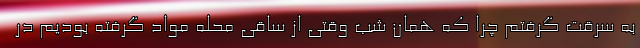
به سرقت گرفتم چرا که همان شب وقتی از ساقی محله مواد گرفته بودیم در